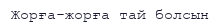
Жорға-жорға тай болсын